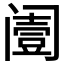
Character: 𨸌